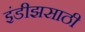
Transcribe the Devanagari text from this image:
इंडीझसाठी